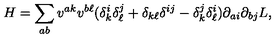
H = \sum _ { a b } v ^ { a k } v ^ { b \ell } ( \delta _ { k } ^ { i } \delta _ { \ell } ^ { j } + \delta _ { k \ell } \delta ^ { i j } - \delta _ { k } ^ { j } \delta _ { \ell } ^ { i } ) \partial _ { a i } \partial _ { b j } L ,